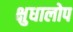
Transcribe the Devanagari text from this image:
क्षुधालोप